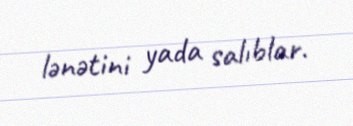
lənətini yada salıblar.